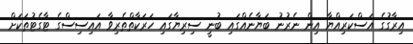
އިރާގުގެ އަސްކަރިއްޔާ އިން ނެރުނު ބަޔާނެއްގައި ބުނީ ސިރިޔާގައި ހަރަކާތްތެރިވާ އައިސިސްގެ ޓާގެޓުތަކަށް